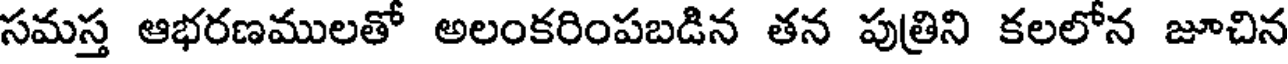
సమస్త ఆభరణములతో అలంకరింపబడిన తన పుత్రిని కలలోన జూచిన